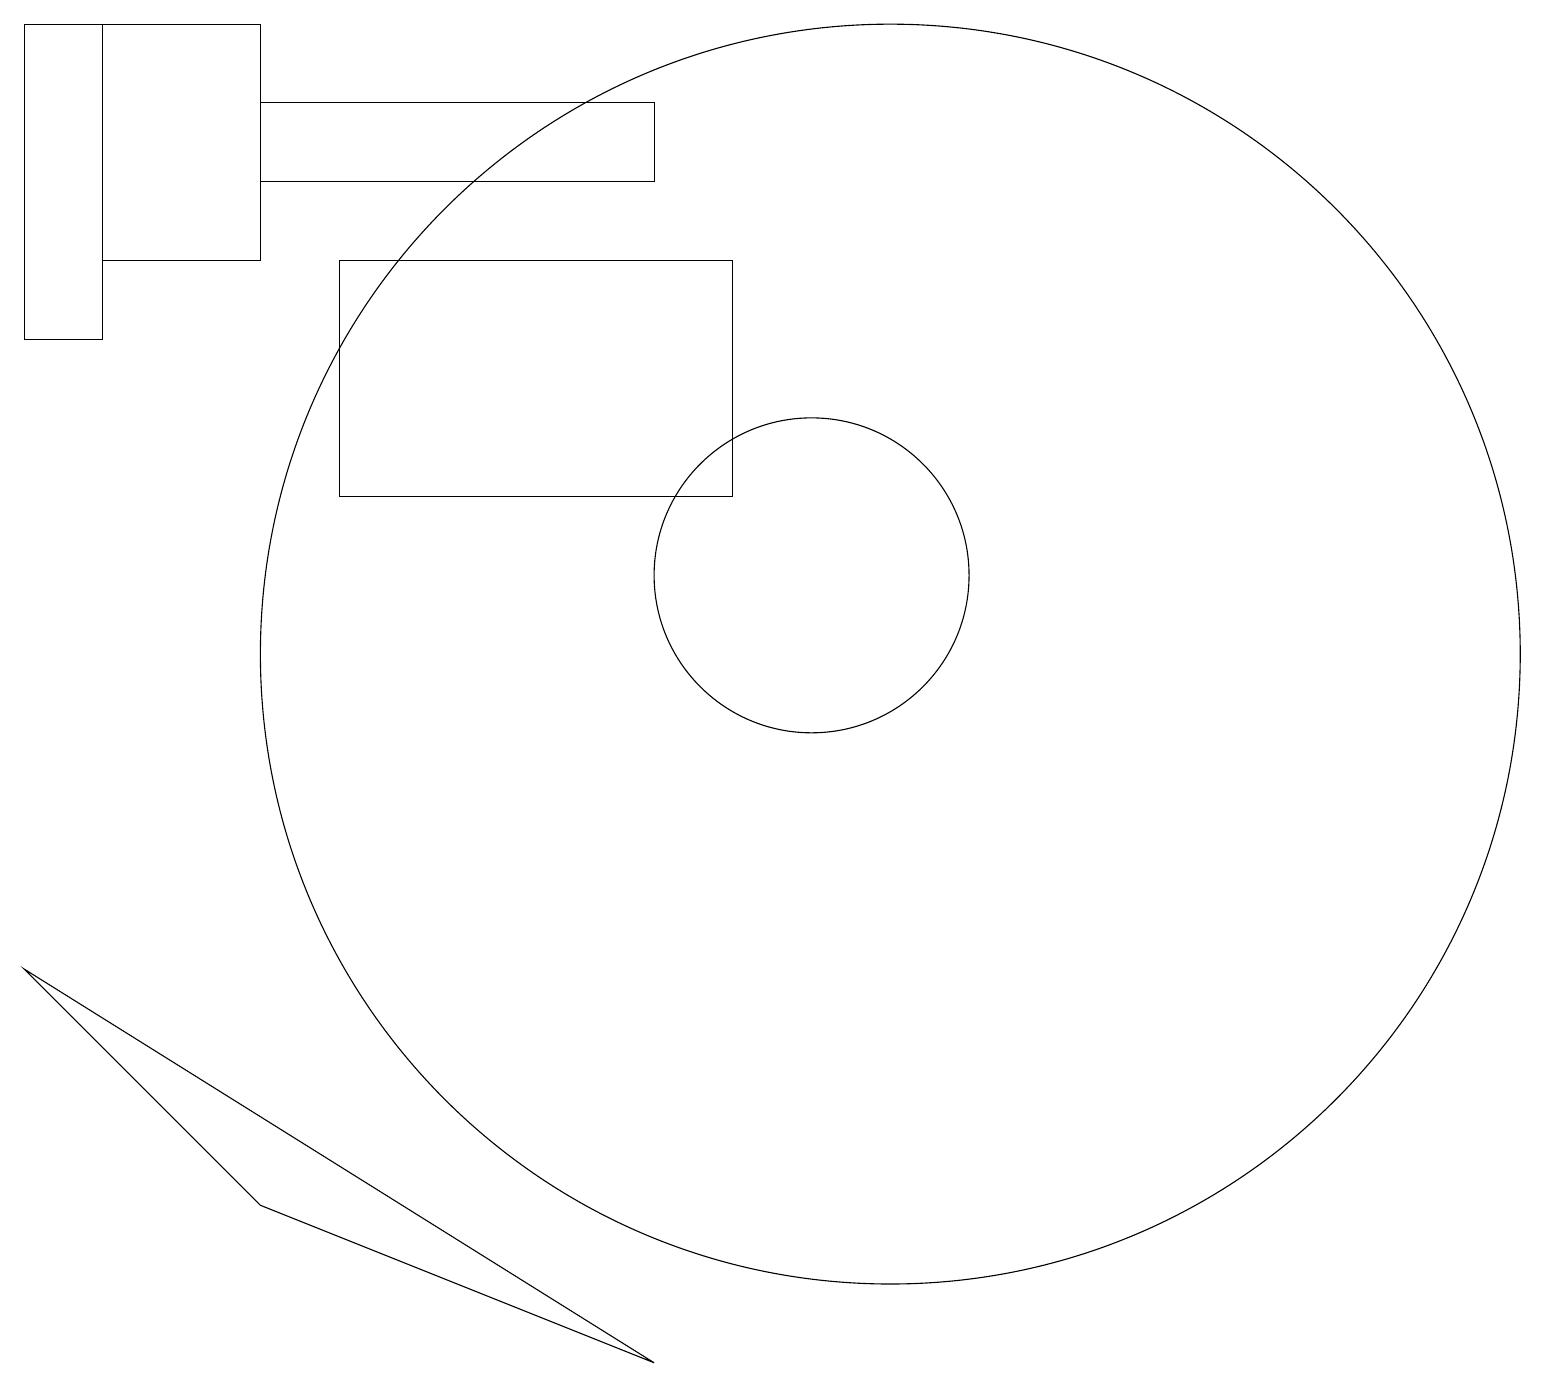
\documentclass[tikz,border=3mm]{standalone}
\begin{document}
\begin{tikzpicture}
\draw (1,15) rectangle (3,18);
\draw (0,18) rectangle (1,14);
\draw (8,1) -- (0,6) -- (3,3) -- cycle;
\draw (11,10) circle (8);
\draw (10,11) circle (2);
\draw (9,15) rectangle (4,12);
\draw (3,17) rectangle (8,16);
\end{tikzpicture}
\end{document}